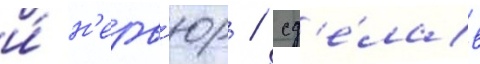
и́ н'ерв'юр / сд'е́лав